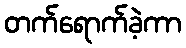
တက်ရောက်ခဲ့ကာ